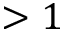
> 1